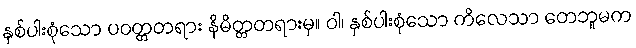
နှစ်ပါးစုံသော ပဝတ္တတရား နိမိတ္တတရားမှ။ ဝါ၊ နှစ်ပါးစုံသော ကိလေသာ တေဘူမက